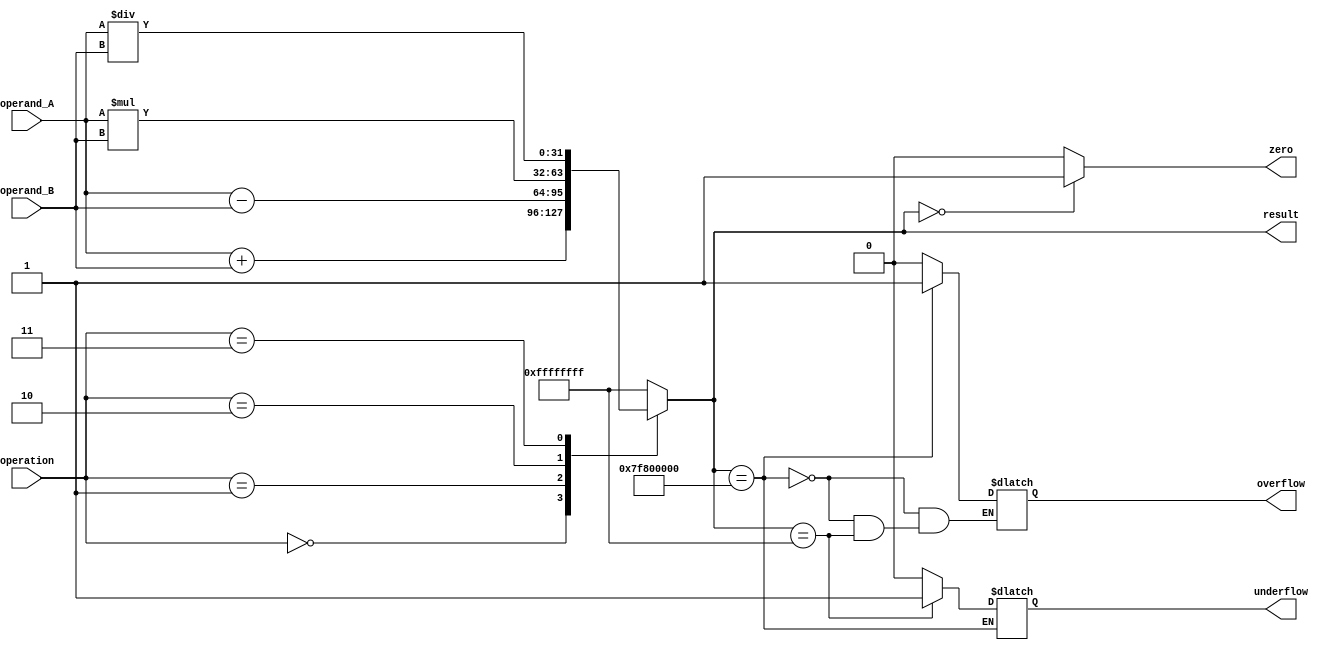
module floating_point_ALU (
  input wire [31:0] operand_A,
  input wire [31:0] operand_B,
  input wire [2:0] operation,
  output reg [31:0] result,
  output reg zero,
  output reg overflow,
  output reg underflow
);

// Define constants for special cases
localparam [31:0] NaN = 32'hFFFFFFFF;
localparam [31:0] Infinity = 32'h7F800000;

// Perform arithmetic operation based on input
always @(*) begin
  case(operation)
    3'b000: // Addition
      result = operand_A + operand_B;
    3'b001: // Subtraction
      result = operand_A - operand_B;
    3'b010: // Multiplication
      result = operand_A * operand_B;
    3'b011: // Division
      result = operand_A / operand_B;
    default: // Handle unspecified operation
      result = NaN;
  endcase
end

// Check for special cases
always @(*) begin
  if(result == 32'h00000000) begin
    zero = 1;
  end else begin
    zero = 0;
  end
  
  if(result == Infinity) begin
    overflow = 1;
  end else if(result == NaN) begin
    underflow = 1;
  end else begin
    overflow = 0;
    underflow = 0;
  end
end

endmodule